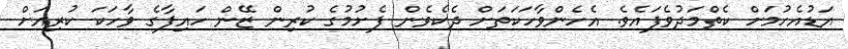
އަޑުއެހުމަށް ކެތްމަދުވެފައެވެ. އެހެންވާހަކަތަށް ދެކެވެން ފެށުމުގެ ކުރިން ޒޭން ހައިފާގެ ވާހަކަ ކުރިއަށް